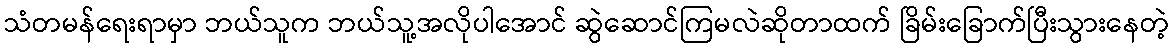
သံတမန်ရေးရာမှာ ဘယ်သူက ဘယ်သူ့အလိုပါအောင် ဆွဲဆောင်ကြမလဲဆိုတာထက် ခြိမ်းခြောက်ပြီးသွားနေတဲ့